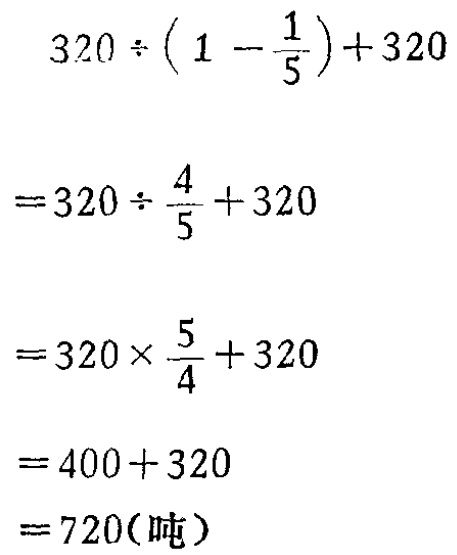
\[

\begin{align*}

&320\div(1 - \frac{1}{5})+320\\

=&320\div\frac{4}{5}+320\\

=&320\times\frac{5}{4}+320\\

=&400 + 320\\

=&720(\text{吨})

\end{align*}

\]